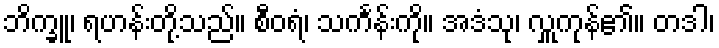
ဘိက္ခူ၊ ရဟန်းတို့သည်။ စီဝရံ၊ သင်္ကန်းကို။ အဒံသု၊ လှူကုန်၏။ တဒါ၊